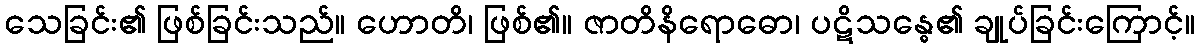
သေခြင်း၏ ဖြစ်ခြင်းသည်။ ဟောတိ၊ ဖြစ်၏။ ဇာတိနိရောဓော၊ ပဋိသန္ဓေ၏ ချုပ်ခြင်းကြောင့်။